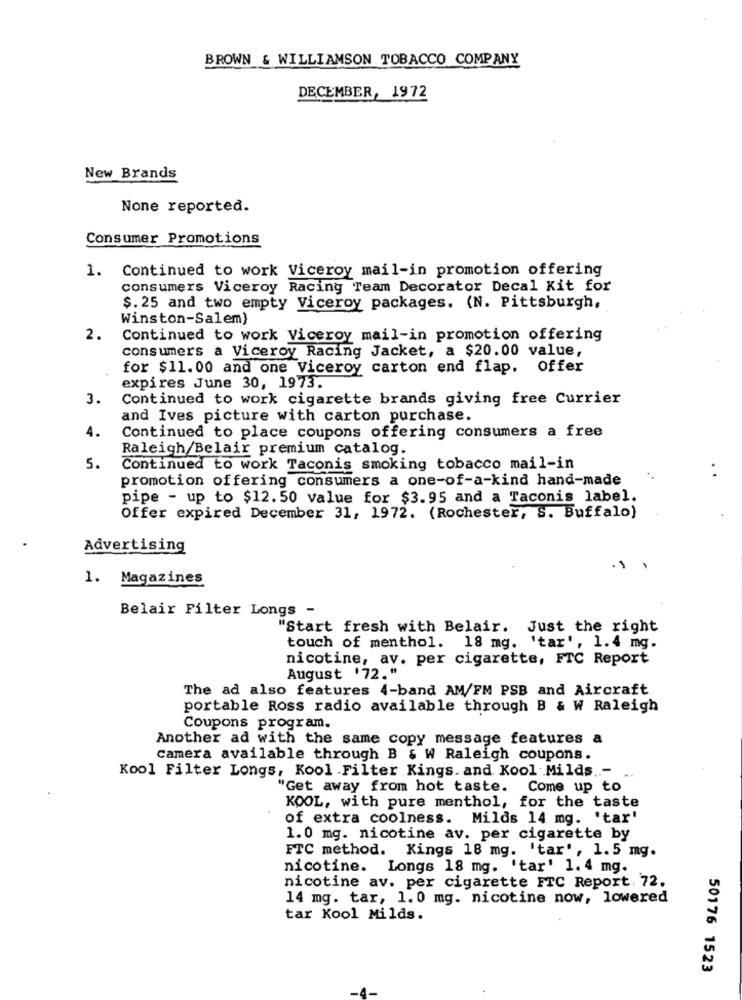
BROWN & WILLIAMSON TOBACCO COMPANY
DECEMBER, 1972
New Brands
None reported.
Consumer Promotions
1. Continued to work Viceroy mail-in promotion offering
consumers Viceroy Racing Team Decorator Decal Kit for
$. 25 and two empty Viceroy packages. (N. Pittsburgh,
Winston-Salem}
2.
Continued to work Viceroy mail-in promotion offering
consumers a Viceroy Racing Jacket, a $20.00 value,
for $11. 00 and one Viceroy carton end flap. offer
expires June 30, 1973.
3.
Continued to work cigarette brands giving free Currier
and Ives picture with carton purchase.
4.
Continued to place coupons offering consumers a free
Raleigh/Belair premium catalog.
5.
Continued to work Taconis smoking tobacco mail-in
promotion offering consumers a one-of-a-kind hand-made
pipe - up to $12. 50 value for $3.95 and a Taconis label.
Offer expired December 31, 1972. (Rochester, S. Buffalo)
Advertising
.S
1. Magazines
Belair Filter Longs -
"Start fresh with Belair. Just the right
touch of menthol. 18 mg. 'tar', 1.4 mg.
nicotine, av. per cigarette, FTC Report
August '72."
The ad also features 4-band AM/FM PSB and Aircraft
portable Ross radio available through B & W Raleigh
Coupons program.
Another ad with the same copy message features a
camera available through B & W Raleigh coupons.
Kool Filter Longs, Kool Filter Kings. and Kool Milds ..-
"Get away from hot taste. Come up to
KOOL, with pure menthol, for the taste
of extra coolness. Milds 14 mg. 'tar'
1.0 mg. nicotine av. per cigarette by
FTC method. Kings 18 mg. 'tar', 1.5 mg.
nicotine. Longs 18 mg. 'tar' 1.4 mg.
nicotine av. per cigarette FTC Report: 72.
14 mg. tar, 1.0 mg. nicotine now, lowered
tar Kool Milds.
50176 1523